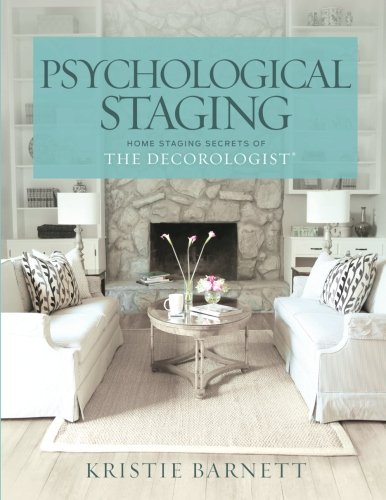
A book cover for Psychological Staging: Home Staging Secrets of The DecorologistÂ®; Kristie Barnett; Business & Money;